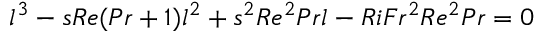
l ^ { 3 } - s R e ( P r + 1 ) l ^ { 2 } + s ^ { 2 } R e ^ { 2 } P r l - R i F r ^ { 2 } R e ^ { 2 } P r = 0